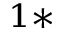
^ { 1 \ast }